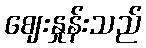
ဈေးနှုန်းသည်